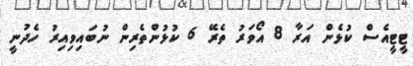
ޓީޓީއެސް ކުޅެން އަރާ 8 އޯވަރު ތެރޭ 6 ކުޅުންތެރިން ނުބައިވިއިރު ހެދުނީ